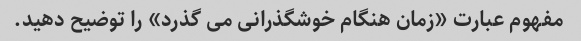
مفهوم عبارت «زمان هنگام خوشگذرانی می گذرد» را توضیح دهید.